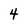
Character: 4